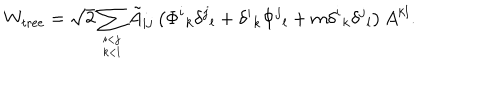
LaTeX: W _ { \mathrm { t r e e } } = \sqrt { 2 } \sum _ { i < j \atop k < l } \tilde { A } _ { i j } \left( \Phi ^ { i } { } _ { k } \delta ^ { j } { } _ { l } + \delta ^ { i } { } _ { k } \Phi ^ { j } { } _ { l } + m \delta ^ { i } { } _ { k } \delta ^ { j } { } _ { l } \right) A ^ { k l } .